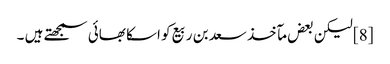
[8] لیکن بعض مآخذ سعد بن ربیع کو اسکا بھائی سمجھتے ہیں ۔